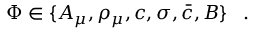
\Phi \in \{ A _ { \mu } , \rho _ { \mu } , c , \sigma , \bar { c } , B \} \; \; \; .